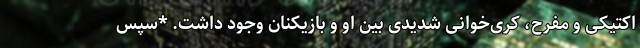
اکتیکی و مفرح، کری‌خوانی شدیدی بین او و بازیکنان وجود داشت. *سپس